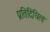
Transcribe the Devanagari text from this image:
प्रतिदिधित्व